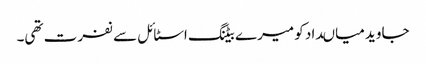
جاوید میاںداد کو میرے بیٹنگ اسٹائل سے نفرت تھی۔